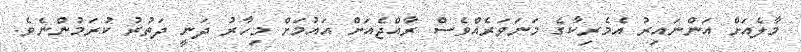
މާލެއަށް އަންނައިރު އެމެރިކާގެ މަނަވަރެއްވެސް ރާއްޖެއަށް އައުމަށް މިހާރު ދަނީ ދަތުރު ކުރަމުންނެވެ.